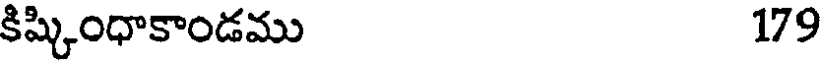
కిష్కింధాకాండము 179